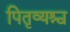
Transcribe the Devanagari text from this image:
पितृव्यश्च